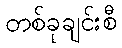
တစ်ခုချင်းစီ